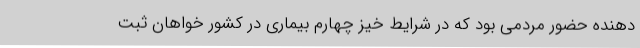
دهنده حضور مردمی بود که در شرایط خیز چهارم بیماری در کشور خواهان ثبت